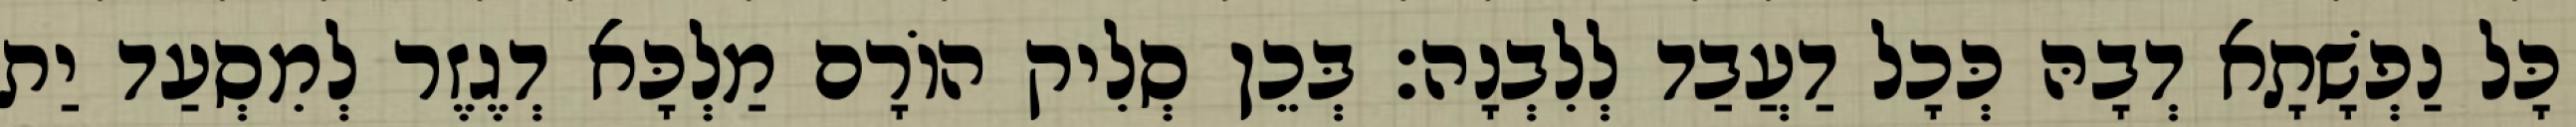
כָּל נַפְשָׁתָא דְבָהּ כְּכָל דַעֲבַד לְלִבְנָה׃ בְּכֵן סְלִיק הוֹרָם מַלְכָּא דְגֶזֶר לְמִסְעַד יַת